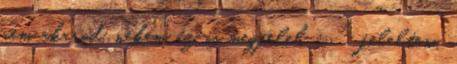
nem akarod, nekem az is megfelel : - feleltem,